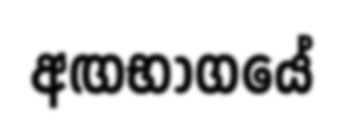
අඟභාගයේ